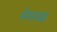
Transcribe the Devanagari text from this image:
लेखवद्ध